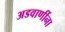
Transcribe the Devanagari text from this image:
अडवाणींना